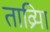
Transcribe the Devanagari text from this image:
ताव्रिया